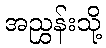
အညွှန်းသို့